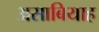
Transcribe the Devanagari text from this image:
असाबियाह